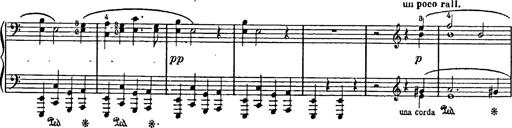
Title: Feierlicher Marsch zum heiligen Gral aus Parsifal
Composer: Franz Liszt